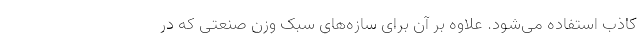
کاذب استفاده می‌شود. علاوه بر آن برای سازه‌های سبک وزنِ صنعتی که در